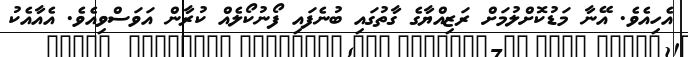
އެހިއެވެ. އޭނާ މަޑުކޮށްލުމަށް ރަޒިއްޔާގެ ގާތުގައި ބުނެފައި ފޯނުކޯލެއް ކުރާން އަވަސްވިއެވެ. އެއާއެކު